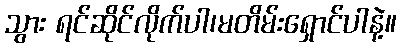
သွား ရင်ဆိုင်လိုက်ပါ၊မတိမ်းရှောင်ပါနဲ့။